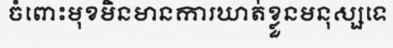
ចំពោះមុខមិនមានការឃាត់ខ្លួនមនុស្សទេ